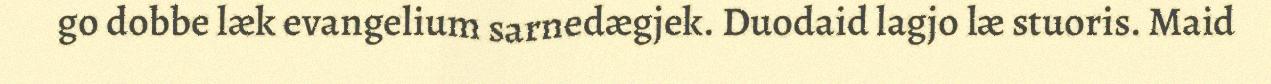
go dobbe læk evangelium sarnedægjek. Duodaid lagjo læ stuoris. Maid